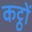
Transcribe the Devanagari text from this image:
कट्ठों